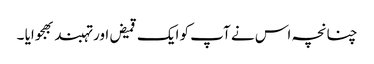
چنانچہ اس نے آپ کو ایک قمیض اور تہبند بھجوایا ۔